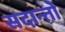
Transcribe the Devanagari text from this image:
सदान्तो